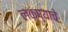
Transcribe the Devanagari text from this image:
लक्ष्याचे